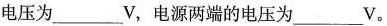
电压为___V，电源两端的电压为___V。